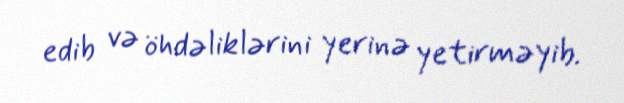
edib və öhdəliklərini yerinə yetirməyib.